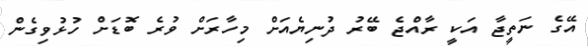
އޭގެ ނަތީޖާ އަކީ ރާއްޖެ ބޭރު ދުނިޔެއަށް މިހާރަށް ވުރެ ބޮޑަށް ހުޅުވިގެން